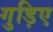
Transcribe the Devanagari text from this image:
गुड़िए